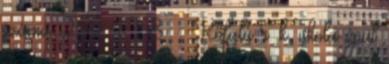
száma 259. 1758. – Kőfalú r. k. iskola épül